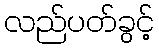
လည်ပတ်ခွင့်